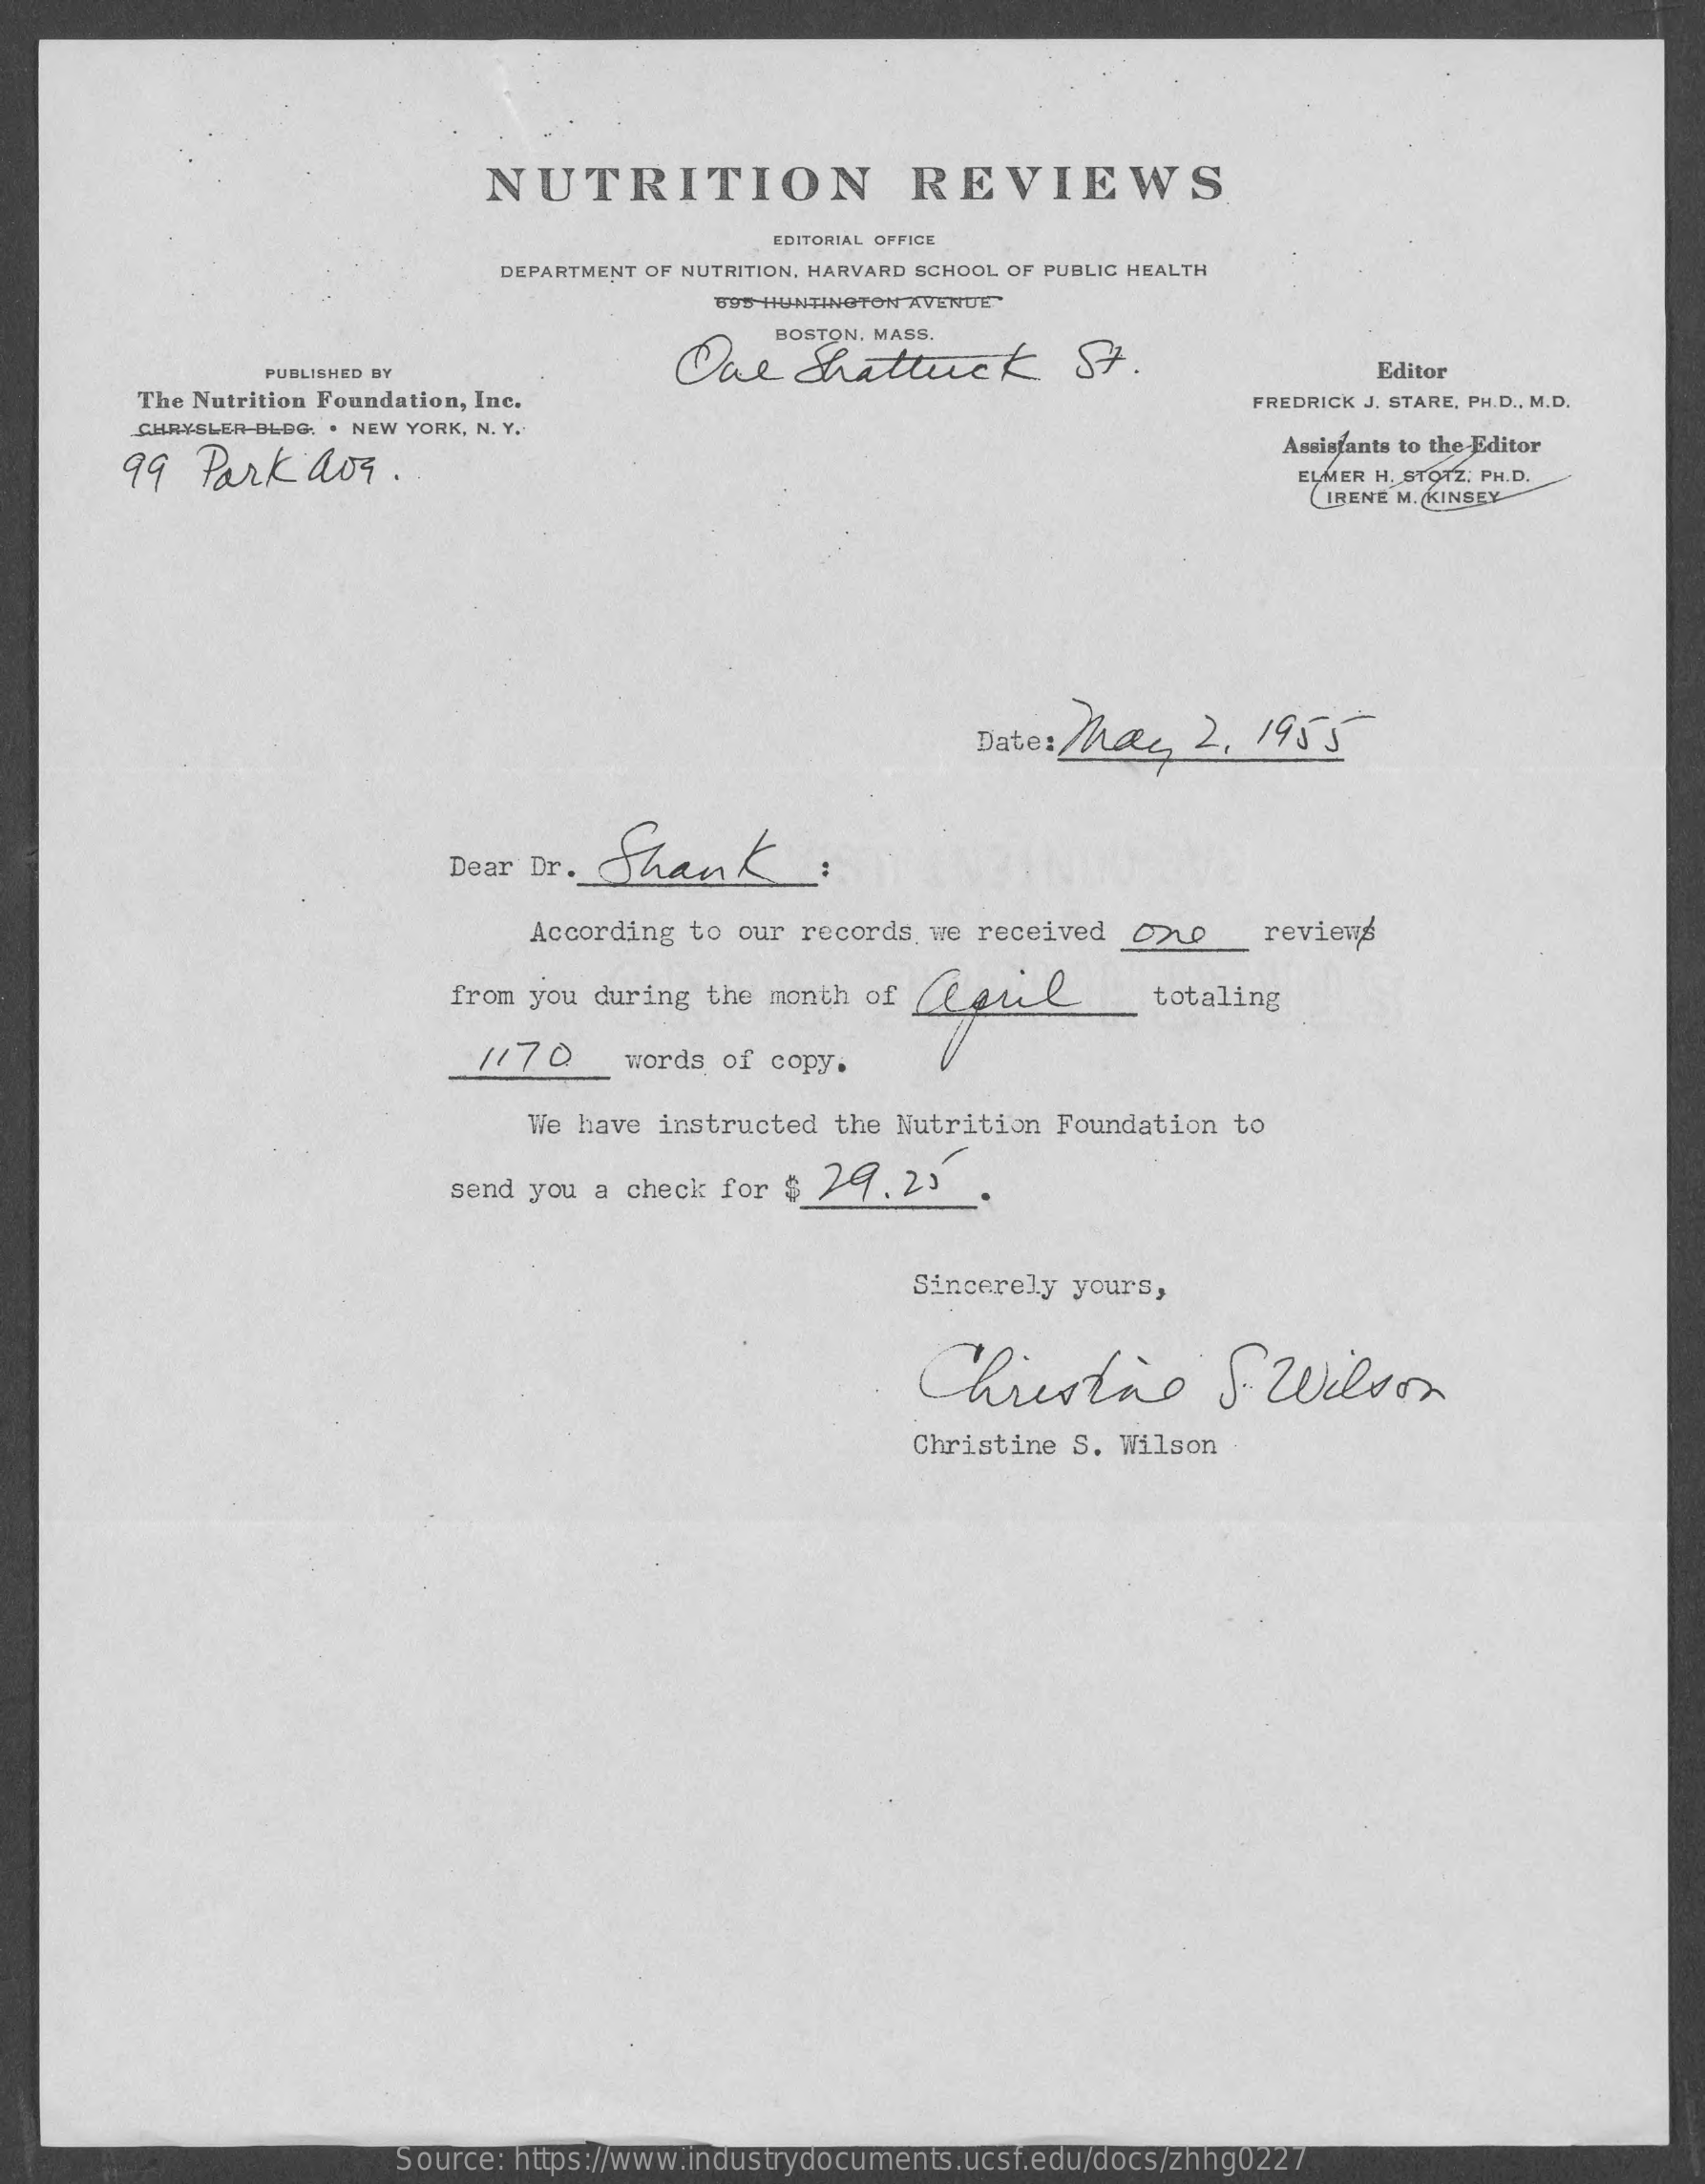
NUTRITION    REVIEWS
     EDITORIAL OFFICE
     DEPARTMENT OF NUTRITION, HARVARD SCHOOL OF PUBLIC HEALTH
     U95 HUNTINGTON AVENUE"
     BOSTON, MASS.
     Dal    Shattuck    St.
     PUBLISHED BY    Editor
     The Nutrition Foundation, Inc.    FREDRICK J. STARE, PH.D ., M.D.
     CHRYSLER-BLBG. . NEW YORK, N. Y.
     99  Park    aog  ..
     Assistants to the Editor
     ELMER H. STOTZ, PH.D.
     IRENE M. KINSEY
     . Thay    2 , 1955
     Dear Dr. Shank    :
     According to our records we received  2200    _ reviews
     from you during  the month of    totaling
     1170    words of copy.
     We have  instructed the Nutrition Foundation  to
     send you  a check for $ 27.23    .
     Sincerely yours,
     Christie    SWilson
     Christine S. Wilson
     Source: https://www.industrydocuments.ucsf.edu/docs/zhhg0227